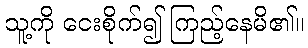
သူ့ကို ငေးစိုက်၍ ကြည့်နေမိ၏။